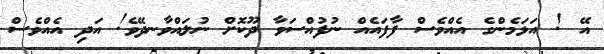
އޭ ! އަޅަމެންގެ އެއްވެސް ފާފައެއް ނުފުއްސަވާ ދޫކޮށް ނުލައްވާނދޭވެ! އަދި އެއްވެސް